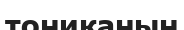
тониканың